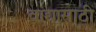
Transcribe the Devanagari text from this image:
वाद्यासाठी